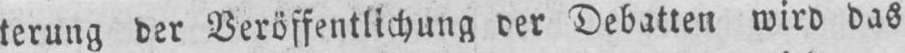
terung der Veröffentlichung der Debatten wird das